Civil Veterinary Department. Central Provinces & Berar 1932-41 - 1932-1941
Year: 1932
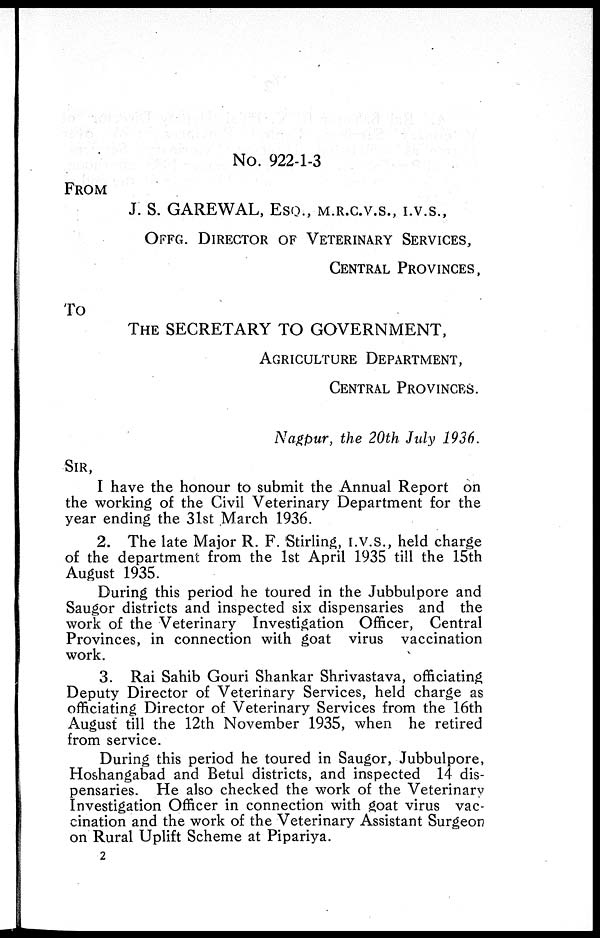
No. 922-1-3
FROM
J. S. GAREWAL, ESQ., M.R.C.V.S., I.V.S.,
OFFG. DIRECTOR OF VETERINARY SERVICES,
CENTRAL PROVINCES,
To
THE SECRETARY TO GOVERNMENT,
AGRICULTURE DEPARTMENT,
CENTRAL PROVINCES.
Nagpur, the 20th July 1936.
SIR,
I have the honour to submit the Annual Report on
the working of the Civil Veterinary Department for the
year ending the 31st March 1936.
2. The late Major R. F. Stirling, I.V.S., held charge
of the department from the 1st April 1935 till the 15th
August 1935.
During this period he toured in the Jubbulpore and
Saugor districts and inspected six dispensaries and the
work of the Veterinary Investigation Officer, Central
Provinces, in connection with goat virus vaccination
work.
3. Rai Sahib Gouri Shankar Shrivastava, officiating
Deputy Director of Veterinary Services, held charge as
officiating Director of Veterinary Services from the 16th
August till the 12th November 1935, when he retired
from service.
During this period he toured in Saugor, Jubbulpore,
Hoshangabad and Betul districts, and inspected 14 dis-
pensaries. He also checked the work of the Veterinary
Investigation Officer in connection with goat virus vac-
cination and the work of the Veterinary Assistant Surgeon
on Rural Uplift Scheme at Pipariya.
2